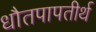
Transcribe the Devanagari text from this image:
धौतपापतीर्थ